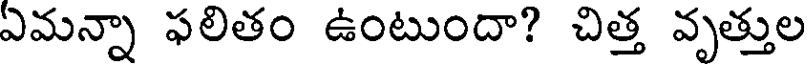
ఏమన్నా ఫలితం ఉంటుందా? చిత్త వృత్తుల